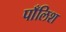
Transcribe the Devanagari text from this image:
पाँलिश